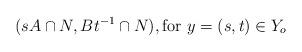
LaTeX: \begin{align*}(sA \cap N, Bt^{-1} \cap N), \textrm{for $y = (s, t) \in Y_o$}\end{align*}